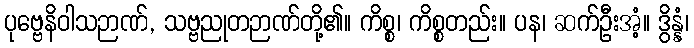
ပုဗ္ဗေနိဝါသဉာဏ်, သဗ္ဗညုတဉာဏ်တို့၏။ ကိစ္စ၊ ကိစ္စတည်း။ ပန၊ ဆက်ဦးအံ့။ ဒွိန္နံ၊